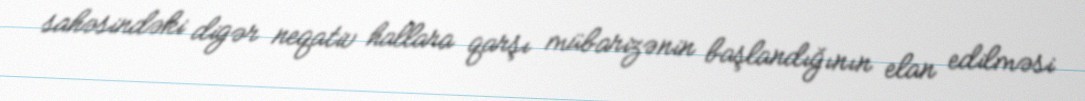
sahəsindəki digər neqativ hallara qarşı mübarizənin başlandığının elan edilməsi